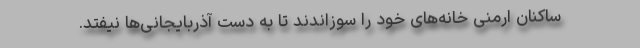
ساکنان ارمنی خانه‌های خود را سوزاندند تا به دست آذربایجانی‌ها نیفتد.